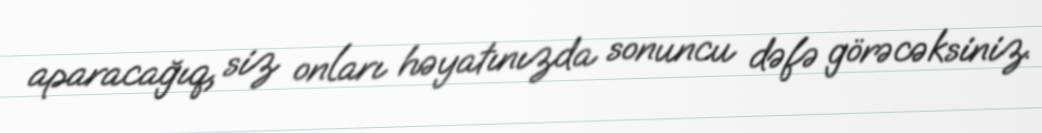
aparacağıq, siz onları həyatınızda sonuncu dəfə görəcəksiniz.